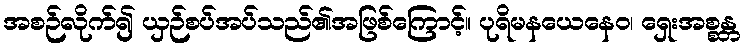
အစဉ်လိုက်၍ ယှဉ်စပ်အပ်သည်၏အဖြစ်ကြောင့်။ ပုရိမနယေနေဝ၊ ရှေးအစ္စန္တ